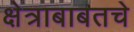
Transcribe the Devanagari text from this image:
क्षेत्राबाबतचे